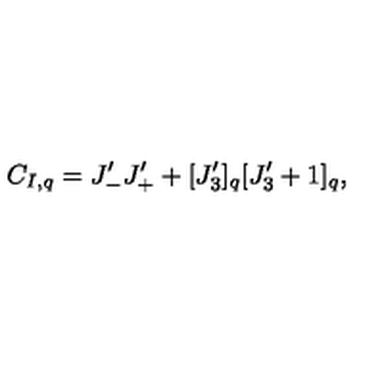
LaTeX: C _ { I , q } = J _ { - } ^ { \prime } J _ { + } ^ { \prime } + [ J _ { 3 } ^ { \prime } ] _ { q } [ J _ { 3 } ^ { \prime } + 1 ] _ { q } ,